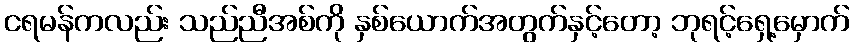
ငရမန်ကလည်း သည်ညီအစ်ကို နှစ်ယောက်အတွက်နှင့်တော့ ဘုရင့်ရှေ့မှောက်